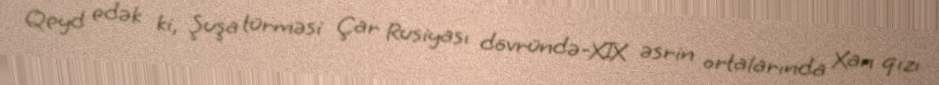
Qeyd edək ki, Şuşa türməsi Çar Rusiyası dövründə-XIX əsrin ortalarında Xan qızı